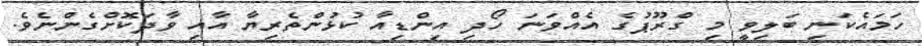
ހަމައެކަނި ބަލިވީ މި ގްރޫޕުގެ އެއްވަނަ ހޯދި އިންޑިއާ ކުޅުންތެރިޔާ އާއި ވާދަކޮށްގެންނެވެ.